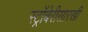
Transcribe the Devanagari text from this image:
स्ट्रॉबेरीसारखी